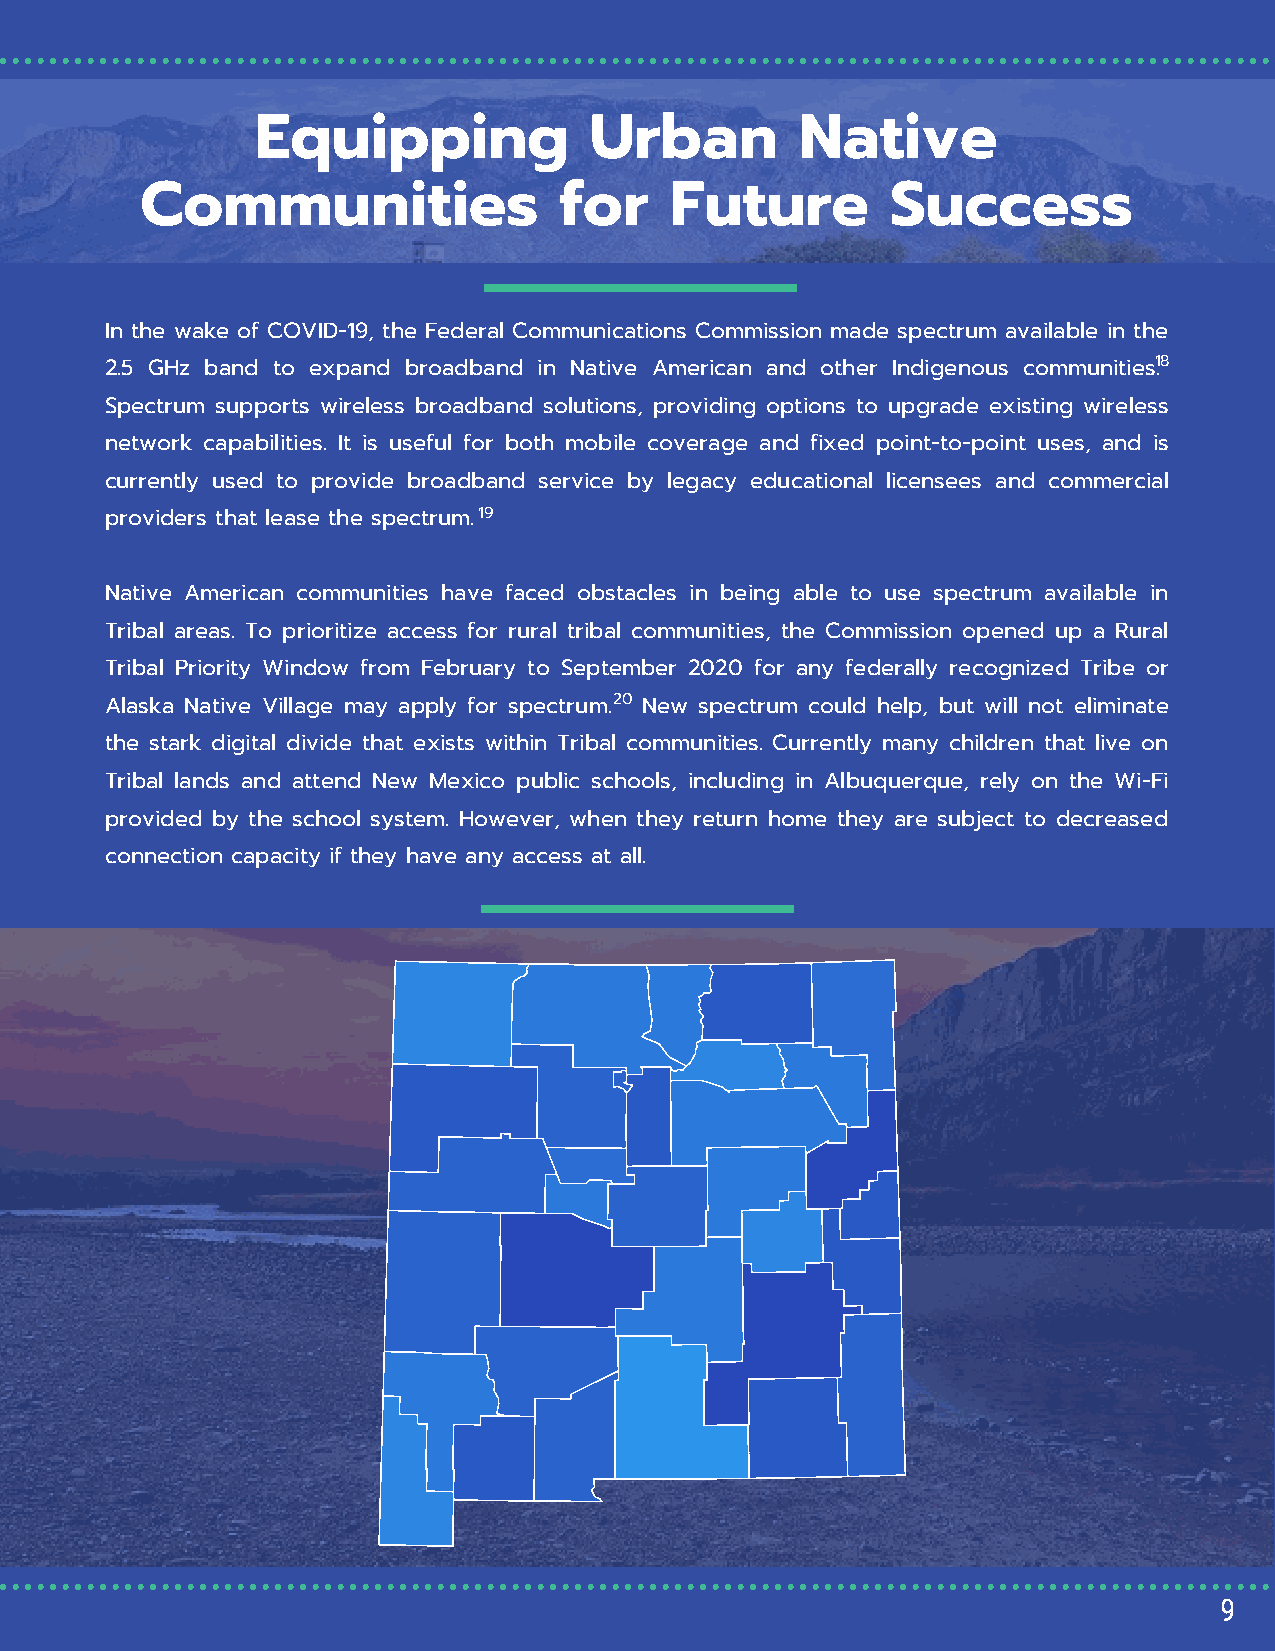
Equipping             Urban         Native
 Communities                 for    Future         Success
 In the wake of COVID-19, the Federal Communications Commission made spectrum available in the
 2.5 GHz band to expand broadband in Native American and other Indigenous communities1. 8
 Spectrum supports wireless broadband solutions, providing options to upgrade existing wireless
 network capabilities. It is useful for both mobile coverage and fixed point-to-point uses, and is
 currently used to provide broadband service by legacy educational licensees and commercial
 providers that lease the spectrum. 1 9
 Native American communities have faced obstacles in being able to use spectrum available in
 Tribal areas. To prioritize access for rural tribal communities, the Commission opened up a Rural
 Tribal Priority Window from February to September 2020 for any federally recognized Tribe or
 Alaska Native Village may apply for spectrum. 20 New spectrum could help, but will not eliminate
 the stark digital divide that exists within Tribal communities. Currently many children that live on
 Tribal lands and attend New Mexico public schools, including in Albuquerque, rely on the Wi-Fi
 provided by the school system. However, when they return home they are subject to decreased
 connection capacity if they have any access at all.
 9